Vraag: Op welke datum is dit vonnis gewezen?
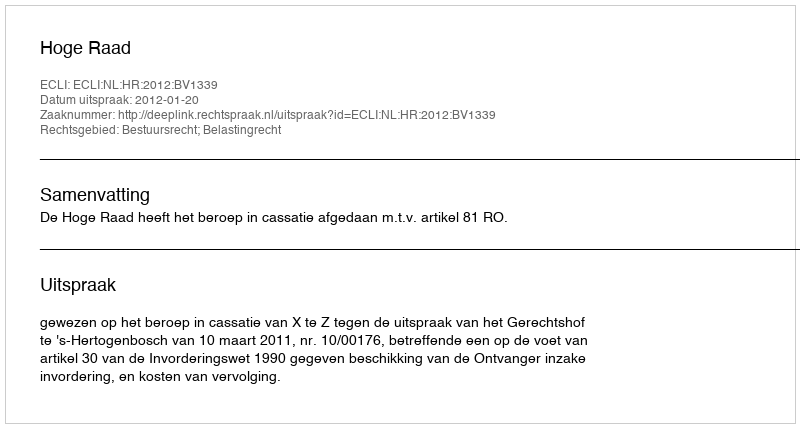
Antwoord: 2012-01-20